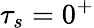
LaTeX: \tau_{s}=0^{+}